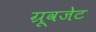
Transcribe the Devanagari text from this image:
ग्रूवजेट